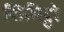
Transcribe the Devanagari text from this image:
शिमिट्टो